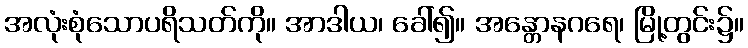
အလုံးစုံသောပရိသတ်ကို။ အာဒါယ၊ ခေါ်၍။ အန္တောနဂရေ၊ မြို့တွင်း၌။